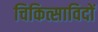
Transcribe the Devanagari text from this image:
चिकित्साविदों